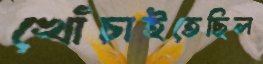
খোঁচাইতেছিল